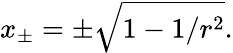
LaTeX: x_{\pm}=\pm\sqrt{1-1/r^{2}}.